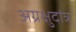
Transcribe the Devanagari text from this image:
अग्रक्षुदांत्र